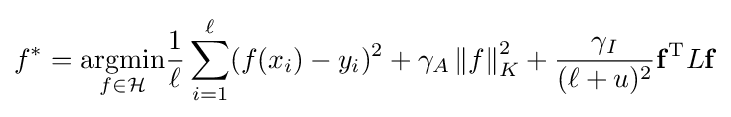
f^{*}={\underset {f\in {\mathcal {H}}}{\arg \!\min }}{\frac {1}{\ell }}\sum _{i=1}^{\ell }(f(x_{i})-y_{i})^{2}+\gamma _{A}\left\|f\right\|_{K}^{2}+{\frac {\gamma _{I}}{(\ell +u)^{2}}}\mathbf {f} ^{\mathrm {T} }L\mathbf {f}